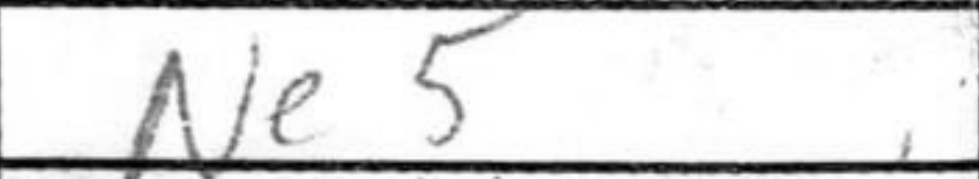
Transcription: Ne5